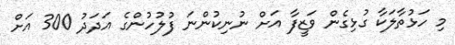
މި ހަޅުތާލަކާ ގުޅިގެން ވަޒީފާ އަށް ނުނިކުންނަ ފުލުހުންގެ އަދަދު 300 އަށް